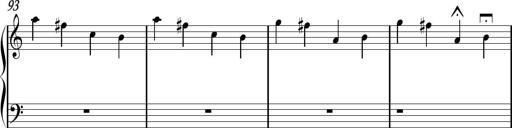
Title: Sonhatina
Composer: Davi Rocha
Key: C major